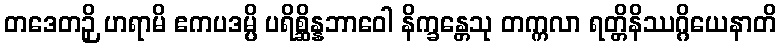
တဒေတဉှိ ဟရာမိ ဧကပဒမ္ပိ ပရိစ္ဆိန္နဘာဝေါ နိက္ခန္တေသု တက္ကလာ ရတ္တိနိဿဂ္ဂိယေနာတိ